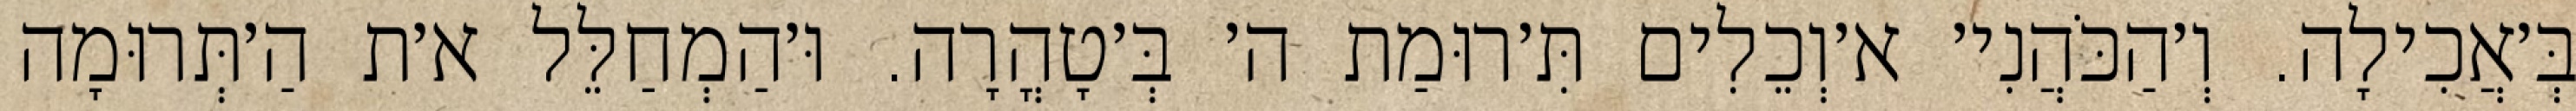
בְּ׳אֲכִילָה. וְ׳הַכֹּהֲנִי׳ א׳וְכֵלִים תִּ׳רוּמַת ה׳ בְּ׳טָהֳרָה. וּ׳הַמְחַלֵּל א׳ת הַ׳תְּרוּמָה